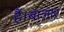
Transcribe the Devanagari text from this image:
है।बाजार